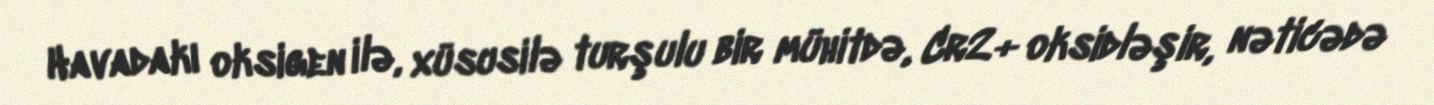
Havadakı oksigen ilə, xüsusilə turşulu bir mühitdə, Cr2+ oksidləşir, nəticədə